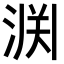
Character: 𫞘